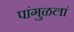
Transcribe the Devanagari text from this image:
पांगुळलां